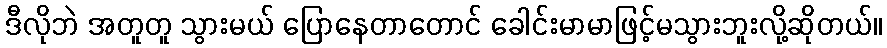
ဒီလိုဘဲ အတူတူ သွားမယ် ပြောနေတာတောင် ခေါင်းမာမာဖြင့်မသွားဘူးလို့ဆိုတယ်။